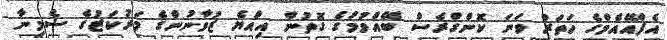
އެފްއޭއެމްގެ ހަތަރު ވަނަ ކޮންގްރެސް ބޭއްވުމުގެ ގޮތުން އިއްޔެ ޒުވާނުންގެ މަރުކަޒުގެ ސެމިނާ